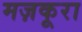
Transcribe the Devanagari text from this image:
मज़कूरा